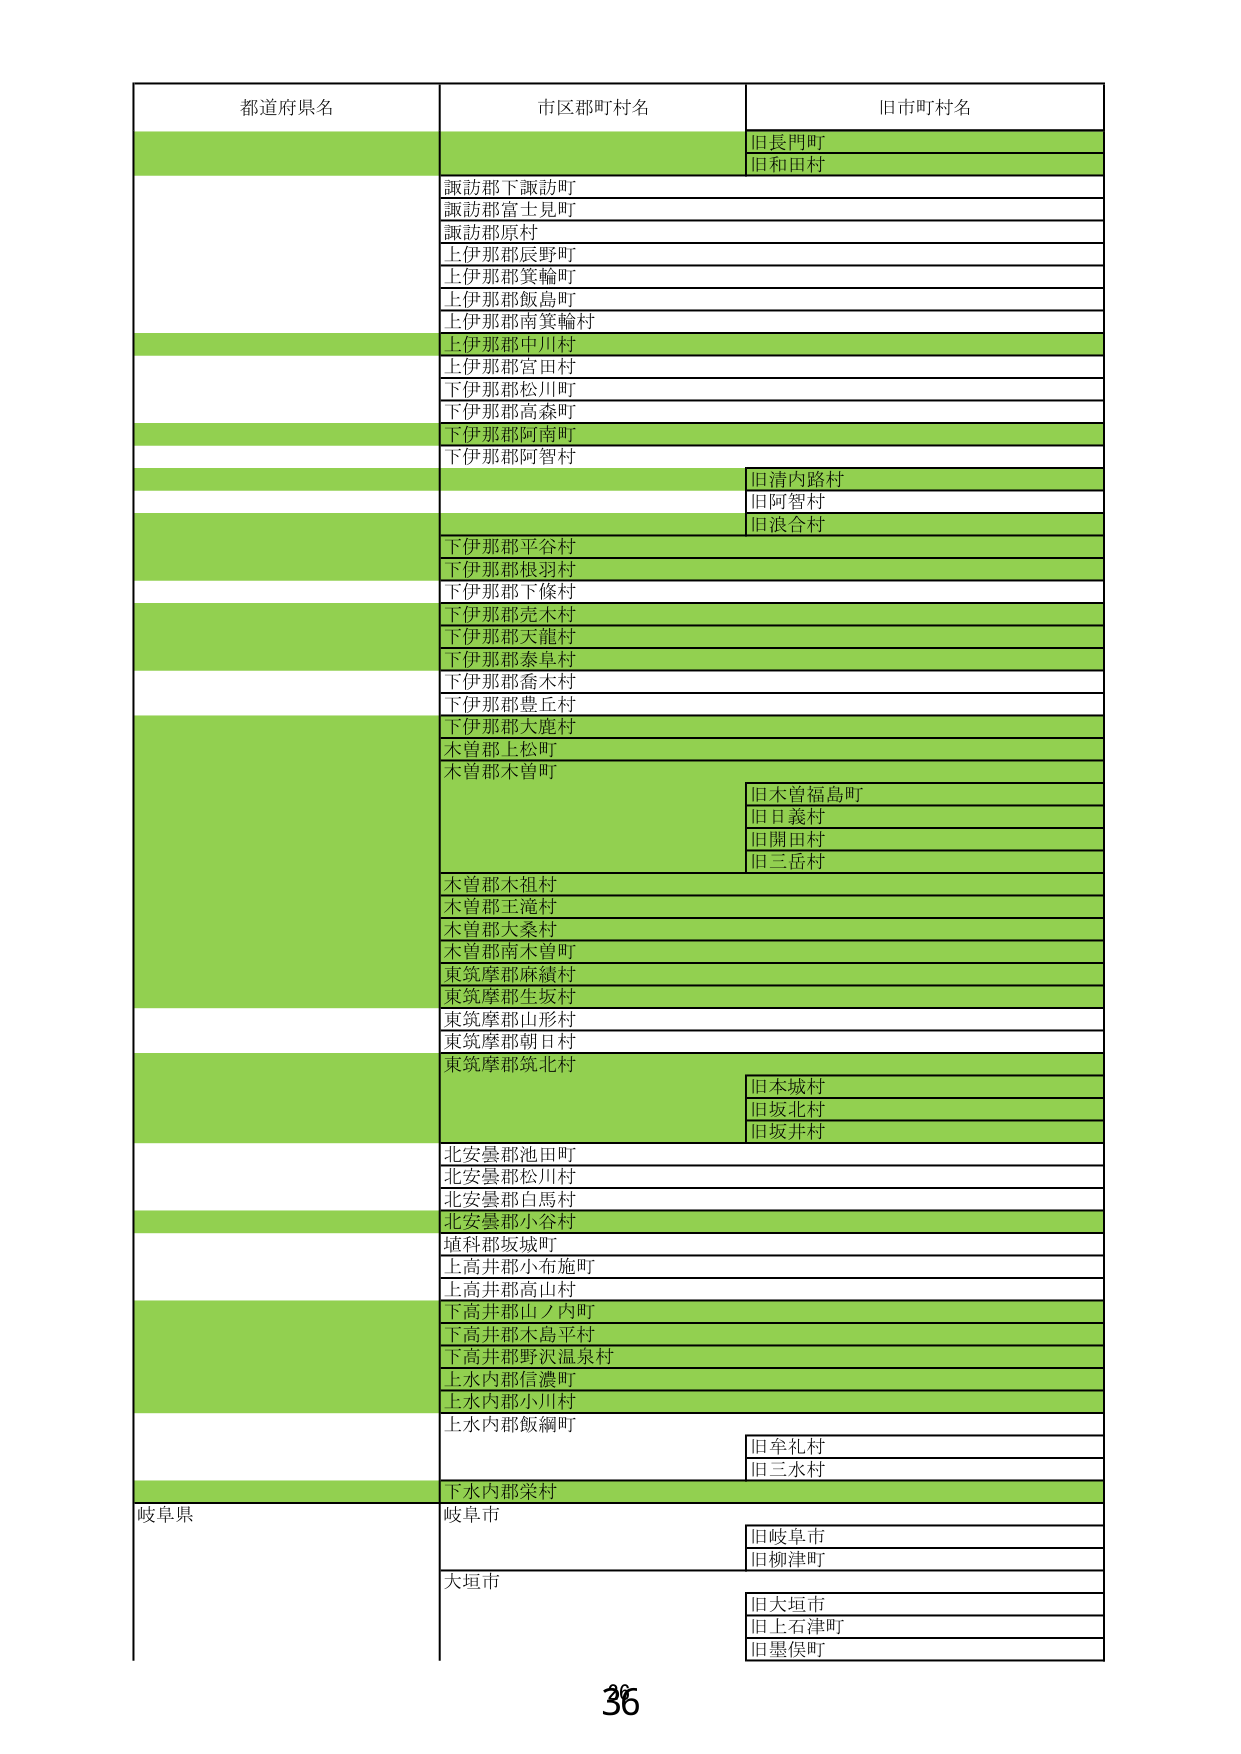
都道府県名
市区郡町村名
旧市町村名
旧長門町
旧和田村
諏訪郡下諏訪町
諏訪郡富士見町
諏訪郡原村
上伊那郡辰野町
上伊那郡箕輪町
上伊那郡飯島町
上伊那郡南箕輪村
上伊那郡中川村
上伊那郡宮田村
下伊那郡松川町
下伊那郡高森町
下伊那郡阿南町
下伊那郡阿智村
旧清内路村
旧阿智村
旧浪合村
下伊那郡平谷村
下伊那郡根羽村
下伊那郡下條村
下伊那郡売木村
下伊那郡天龍村
下伊那郡泰阜村
下伊那郡喬木村
下伊那郡豊丘村
下伊那郡大鹿村
木曽郡上松町
木曽郡木曽町
旧木曽福島町
旧日義村
旧開田村
旧三岳村
木曽郡木祖村
木曽郡王滝村
木曽郡大桑村
木曽郡南木曽町
東筑摩郡麻績村
東筑摩郡生坂村
東筑摩郡山形村
東筑摩郡朝日村
東筑摩郡筑北村
旧木城村
旧坂北村
旧坂井村
北安曇郡池田町
北安曇郡松川村
北安曇郡白馬村
北安曇郡小谷村
埴科郡坂城町
上高井郡小布施町
上高井郡高山村
下高井郡山ノ内町
下高井郡木島平村
下高井郡野沢温泉村
上水内郡信濃町
上水内郡小川村
上水内郡飯綱町
旧牟礼村
旧三水村
下水内郡栄村
岐阜県
岐阜市
旧岐阜市
旧柳津町
大垣市
旧大垣市
旧上石津町
旧墨俣町
36